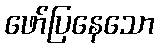
ဖော်ပြနေသော